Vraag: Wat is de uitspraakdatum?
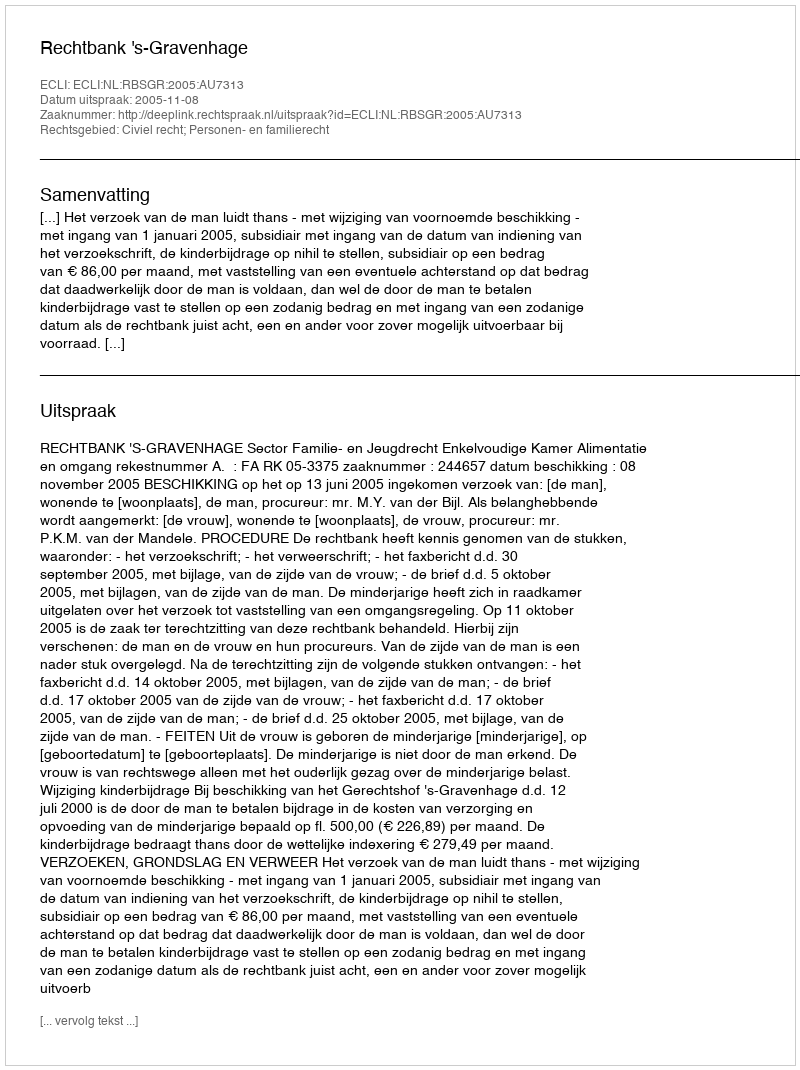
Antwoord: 2005-11-08